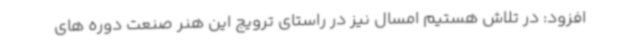
افزود: در تلاش هستیم امسال نیز در راستای ترویج این هنر صنعت دوره های